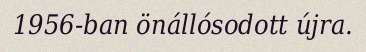
1956-ban önállósodott újra.